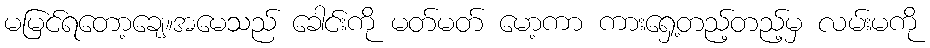
မမြင်ရတော့ချေ။အမေသည် ခေါင်းကို မတ်မတ် မော့ကာ ကားရှေ့တည့်တည့်မှ လမ်းမကို